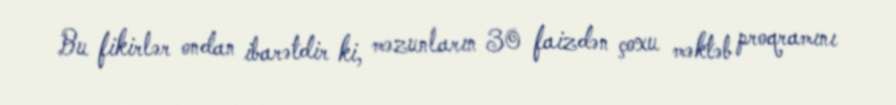
Bu fikirlər ondan ibarətdir ki, məzunların 30 faizdən çoxu məktəb proqramını